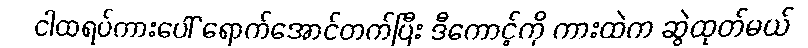
ငါထရပ်ကားပေါ် ရောက်အောင်တက်ပြီး ဒီကောင့်ကို ကားထဲက ဆွဲထုတ်မယ်